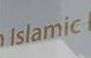
islamic